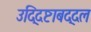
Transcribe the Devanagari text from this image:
उद्दिष्टाबद्दल